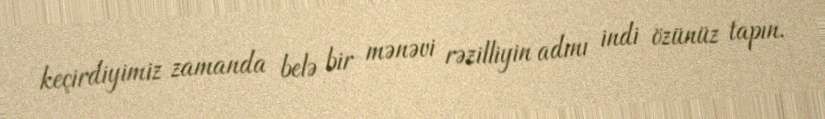
keçirdiyimiz zamanda belə bir mənəvi rəzilliyin adını indi özünüz tapın.